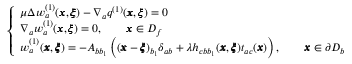
\left\{ \begin{array} { l l } { \mu \Delta w _ { a } ^ { ( 1 ) } ( { \pmb x } , { \pmb \xi } ) - \nabla _ { a } q ^ { ( 1 ) } ( { \pmb x } , { \pmb \xi } ) = 0 } \\ { \nabla _ { a } w _ { a } ^ { ( 1 ) } ( { \pmb x } , { \pmb \xi } ) = 0 , \qquad { \pmb x } \in D _ { f } } \\ { w _ { a } ^ { ( 1 ) } ( { \pmb x } , { \pmb \xi } ) = - A _ { b b _ { 1 } } \left( ( { \pmb x } - { \pmb \xi } ) _ { b _ { 1 } } \delta _ { a b } + { \lambda } h _ { c b b _ { 1 } } ( { \pmb x } , { \pmb \xi } ) t _ { a c } ( { \pmb x } ) \right) , \qquad { \pmb x } \in \partial D _ { b } } \end{array} \right.